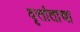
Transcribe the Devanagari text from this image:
वृत्तांताचा